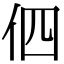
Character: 伵